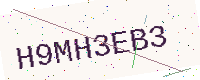
Text: H9MH3EB3